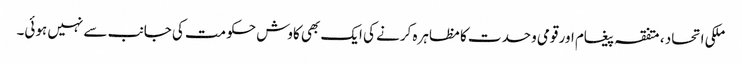
ملکی اتحاد ، متفقہ پیغام اور قومی وحدت کا مظاہرہ کرنے کی ایک بھی کاوش حکومت کی جانب سے نہیں ہوئی۔